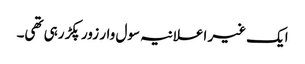
ایک غیر اعلانیہ سول وار زور پکڑ رہی تھی۔